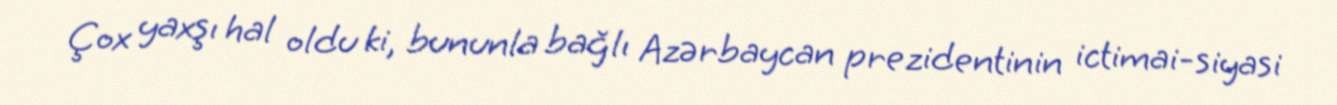
Çox yaxşı hal oldu ki, bununla bağlı Azərbaycan prezidentinin ictimai-siyasi